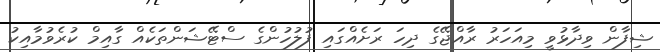
ޝިފާން ވިދާޅުވީ މިއަހަރު ރާއްޖޭގެ ދިހަ ރަށެއްގައި ފުލުހުންގެ ސްޓޭޝަންތަކެއް ގާއިމް ކުރެވުމާއިކު